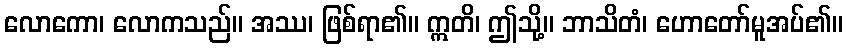
လောကော၊ လောကသည်။ အဿ၊ ဖြစ်ရာ၏။ ဣတိ၊ ဤသို့။ ဘာသိတံ၊ ဟောတော်မူအပ်၏။